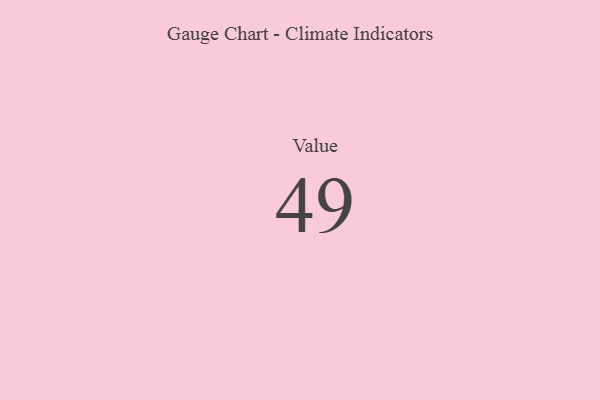
{"axis": {"x": "Metric", "y": "Value"}, "legend": [""], "data": [{"x": "Value", "y": 49, "type": ""}]}